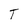
Character: T